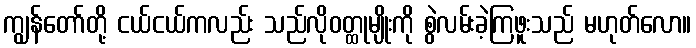
ကျွန်တော်တို့ ငယ်ငယ်ကလည်း သည်လိုဝတ္ထုမျိုးကို စွဲလမ်းခဲ့ကြဖူးသည် မဟုတ်လော။